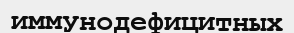
иммунодефицитных